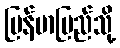
မြန်မာပြည်သို့